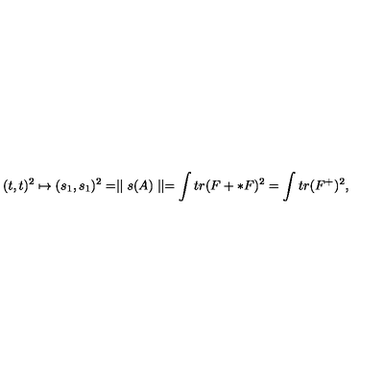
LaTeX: ( t , t ) ^ { 2 } \mapsto ( s _ { 1 } , s _ { 1 } ) ^ { 2 } = \mid \mid s ( A ) \mid \mid = \int t r ( F + * F ) ^ { 2 } = \int t r ( F ^ { + } ) ^ { 2 } ,